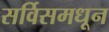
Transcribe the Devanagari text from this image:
सर्विसमधून